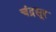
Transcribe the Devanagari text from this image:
चंद्रसूर